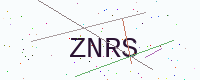
Text: ZNRS